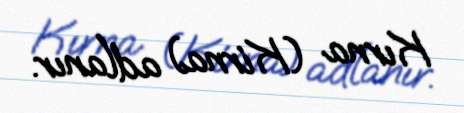
Kırna (Kirna) adlanır.